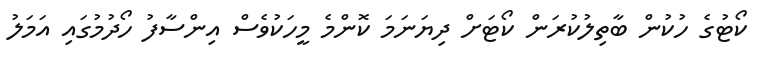
ކޯޓުގެ ހުކުން ބާތިލުކުރަން ކޯޓަށް ދިޔަނަމަ ކޮންމެ މީހަކުވެސް އިންސާފު ހޯދުމުގައި އަމަލު